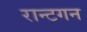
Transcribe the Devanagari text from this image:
रान्टगन